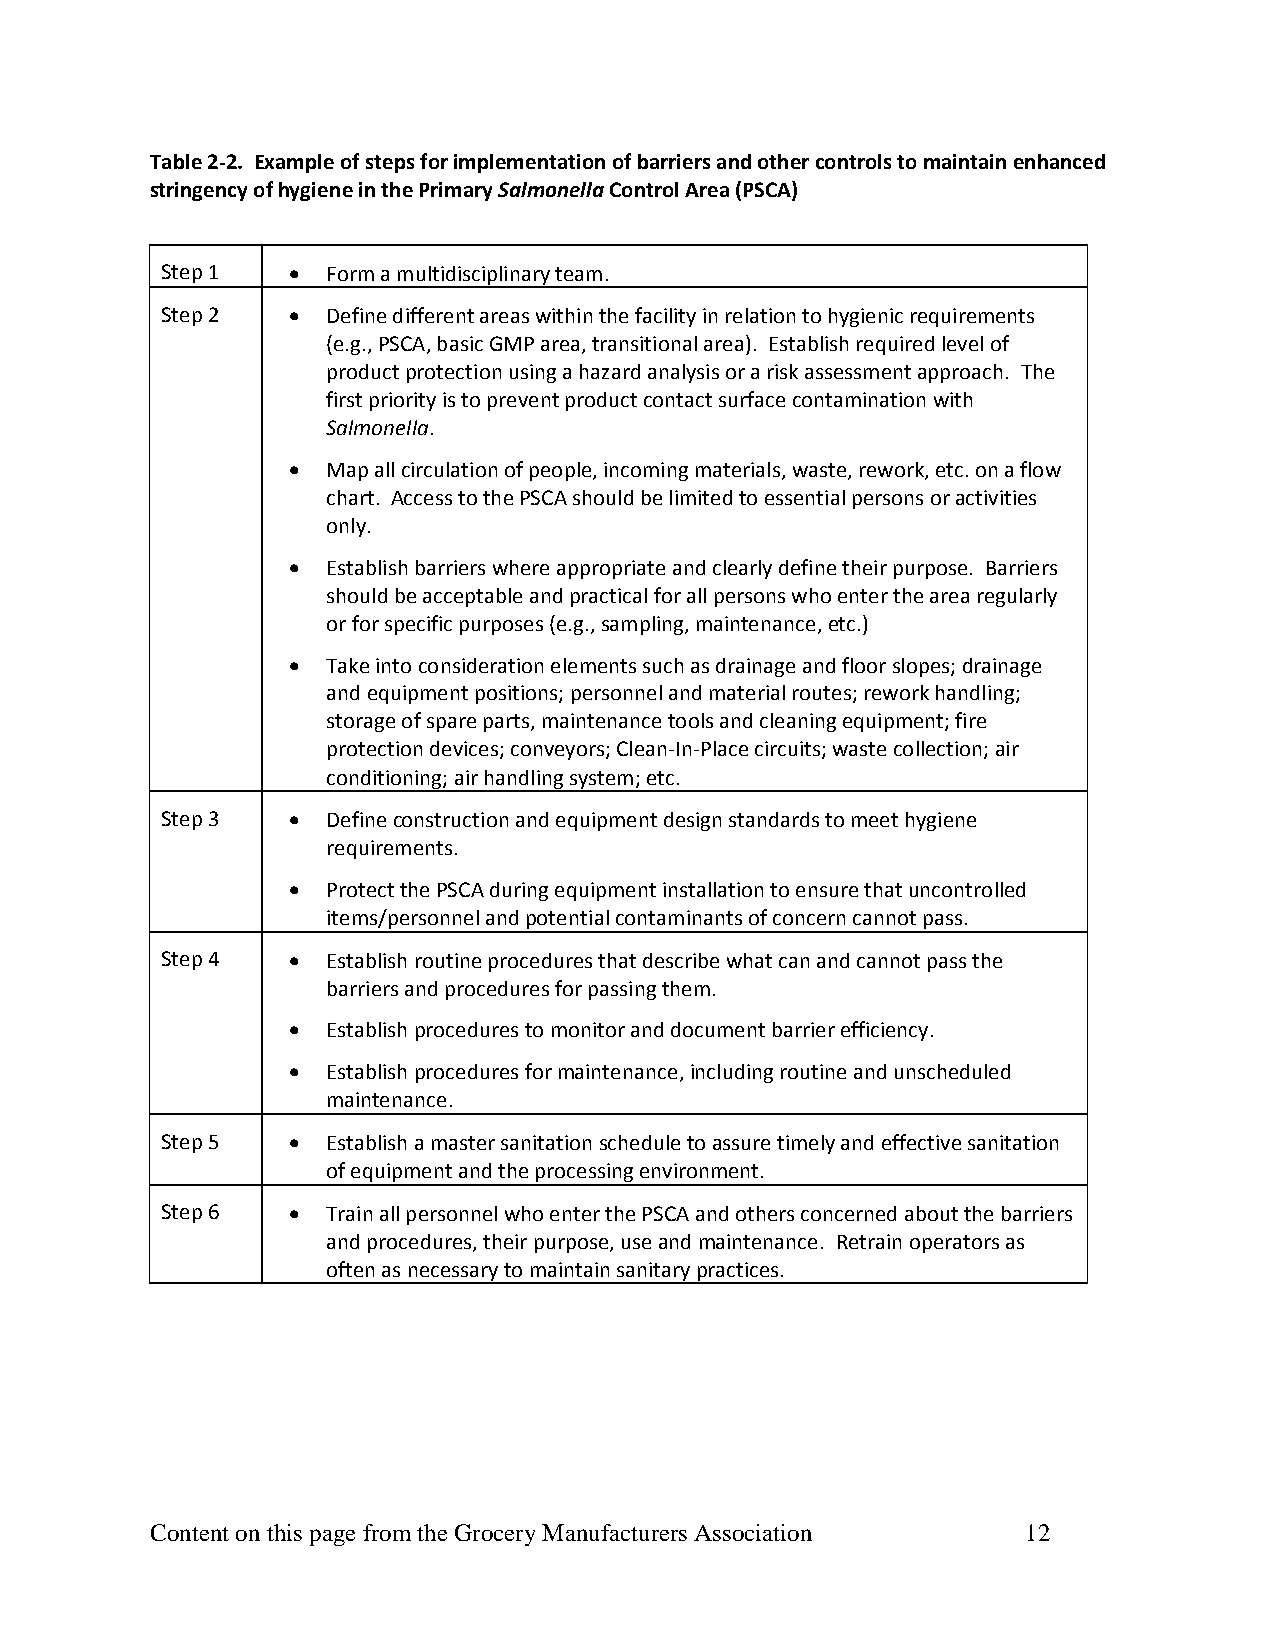
Table 2‐2. Example of steps for implementation of barriers and other controls to maintain enhanced
 stringency of hygiene in the Primary Salmonella Control Area (PSCA)
 Step 1  •  Form a multidisciplinary team.
 Step 2  •  Define different areas within the facility in relation to hygienic requirements
 (e.g., PSCA, basic GMP area, transitional area). Establish required level of
 product protection using a hazard analysis or a risk assessment approach. The
 first priority is to prevent product contact surface contamination with
 Salmonella.
 •  Map all circulation of people, incoming materials, waste, rework, etc. on a flow
 chart. Access to the PSCA should be limited to essential persons or activities
 only.
 •  Establish barriers where appropriate and clearly define their purpose. Barriers
 should be acceptable and practical for all persons who enter the area regularly
 or for specific purposes (e.g., sampling, maintenance, etc.)
 •  Take into consideration elements such as drainage and floor slopes; drainage
 and equipment positions; personnel and material routes; rework handling;
 storage of spare parts, maintenance tools and cleaning equipment; fire
 protection devices; conveyors; Clean‐In‐Place circuits; waste collection; air
 conditioning; air handling system; etc.
 Step 3  •  Define construction and equipment design standards to meet hygiene
 requirements.
 •  Protect the PSCA during equipment installation to ensure that uncontrolled
 items/personnel and potential contaminants of concern cannot pass.
 Step 4  •  Establish routine procedures that describe what can and cannot pass the
 barriers and procedures for passing them.
 •  Establish procedures to monitor and document barrier efficiency.
 •  Establish procedures for maintenance, including routine and unscheduled
 maintenance.
 Step 5  •  Establish a master sanitation schedule to assure timely and effective sanitation
 of equipment and the processing environment.
 Step 6  •  Train all personnel who enter the PSCA and others concerned about the barriers
 and procedures, their purpose, use and maintenance. Retrain operators as
 often as necessary to maintain sanitary practices.
 Content on this page from the Grocery Manufacturers Association 12